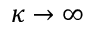
\kappa \to \infty